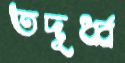
তদূর্ধ্ব